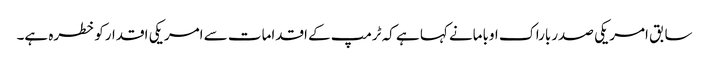
سابق امریکی صدرباراک اوبامانے کہا ہے کہ ٹرمپ کے اقدامات سے امریکی اقدارکوخطرہ ہے۔